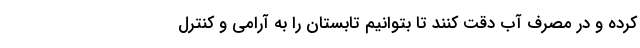
کرده و در مصرف آب دقت کنند تا بتوانیم تابستان را به آرامی و کنترل